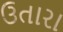
ઉતારા